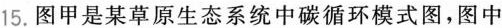
15.图甲是某草原生态系统中碳循环模式图，图中